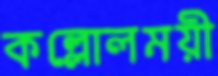
কল্লোলময়ী